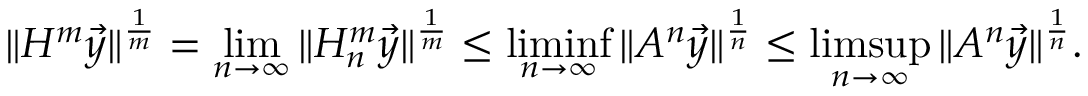
\| H ^ { m } \vec { y } \| ^ { \frac { 1 } { m } } = \operatorname* { l i m } _ { n \to \infty } \| H _ { n } ^ { m } \vec { y } \| ^ { \frac { 1 } { m } } \le \operatorname* { l i m i n f } _ { n \to \infty } \| A ^ { n } \vec { y } \| ^ { \frac { 1 } { n } } \le \operatorname* { l i m s u p } _ { n \to \infty } \| A ^ { n } \vec { y } \| ^ { \frac { 1 } { n } } .